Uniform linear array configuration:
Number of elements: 4
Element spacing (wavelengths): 0.5
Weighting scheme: binomial
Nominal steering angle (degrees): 60
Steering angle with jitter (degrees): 59.644
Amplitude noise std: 0.05
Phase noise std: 0.05

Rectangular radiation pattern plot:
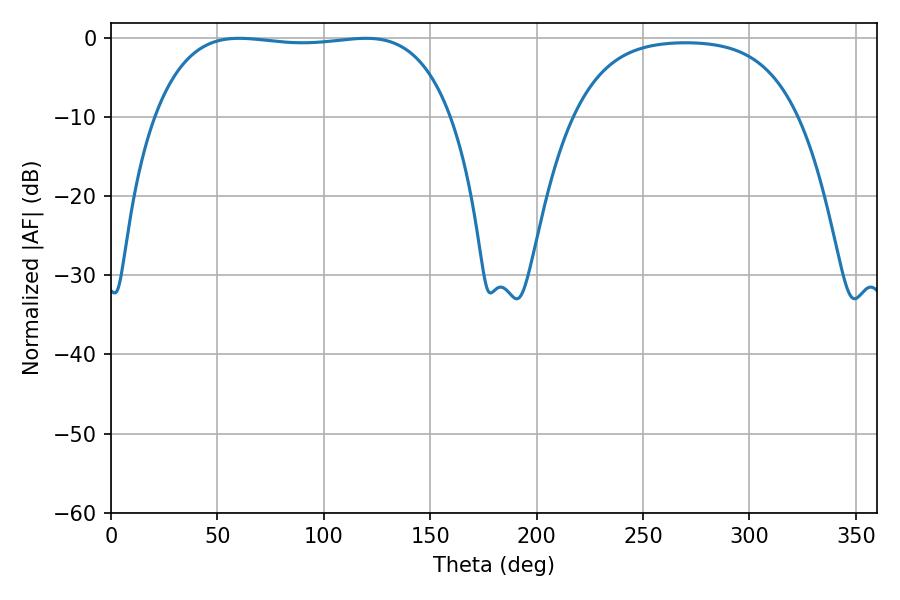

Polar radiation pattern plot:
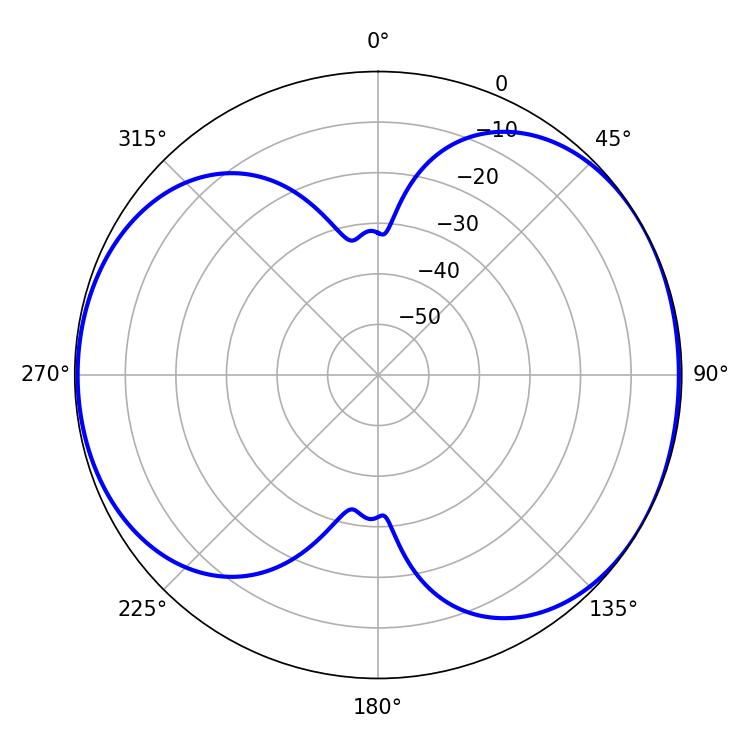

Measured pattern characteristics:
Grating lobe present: FALSE
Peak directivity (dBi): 5.614
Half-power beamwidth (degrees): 110.52
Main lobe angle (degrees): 60.3